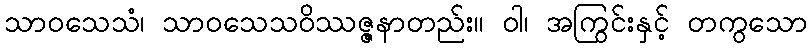
သာဝသေသံ၊ သာဝသေသဝိဿဇ္ဇနာတည်း။ ဝါ၊ အကြွင်းနှင့် တကွသော